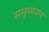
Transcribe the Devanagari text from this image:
समुच्चरूप